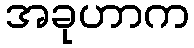
အခုဟာက